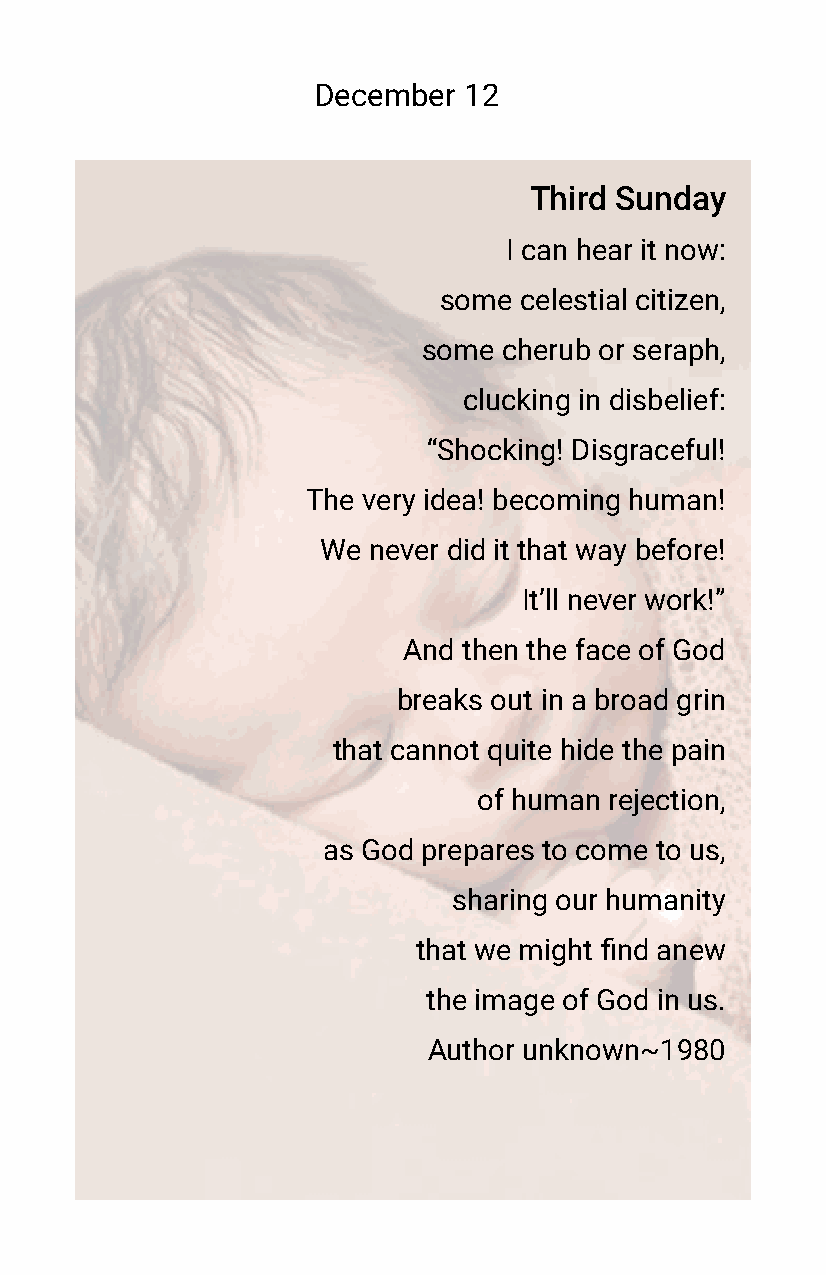
December  12
 Third Sunday
 I can hear it now:
 some celestial citizen,
 some cherub or seraph,
 clucking in disbelief:
 “Shocking! Disgraceful!
 The very idea! becoming human!
 We never did it that way before!
 It’ll never work!”
 And then the face of God
 breaks out in a broad grin
 that cannot quite hide the pain
 of human rejection,
 as God prepares to come to us,
 sharing our humanity
 that we might find anew
 the image of God in us.
 Author unknown~1980